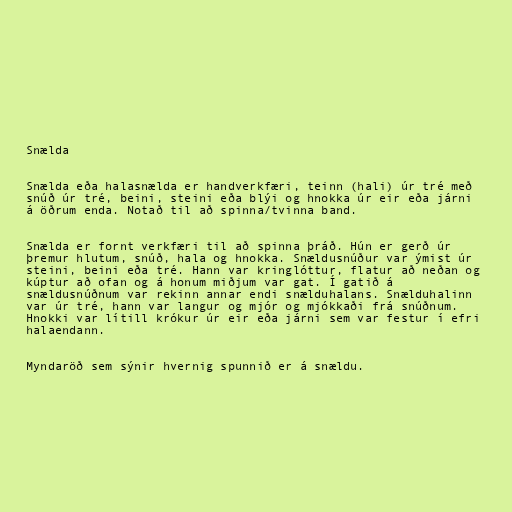
Snælda

Snælda eða halasnælda er handverkfæri, teinn (hali) úr tré með
snúð úr tré, beini, steini eða blýi og hnokka úr eir eða járni
á öðrum enda. Notað til að spinna/tvinna band.

Snælda er fornt verkfæri til að spinna þráð. Hún er gerð úr
þremur hlutum, snúð, hala og hnokka. Snældusnúður var ýmist úr
steini, beini eða tré. Hann var kringlóttur, flatur að neðan og
kúptur að ofan og á honum miðjum var gat. Í gatið á
snældusnúðnum var rekinn annar endi snælduhalans. Snælduhalinn
var úr tré, hann var langur og mjór og mjókkaði frá snúðnum.
Hnokki var lítill krókur úr eir eða járni sem var festur í efri
halaendann.

Myndaröð sem sýnir hvernig spunnið er á snældu.